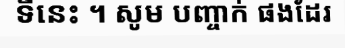
ទីនេះ ។ សូម បញ្ចាក់ ផងដែរ